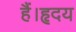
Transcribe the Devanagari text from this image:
हैं।हृदय